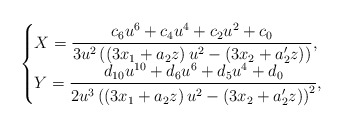
\begin{align*} \begin{cases} X= \dfrac{c_6 u^6 + c_4u^4+c_2u^2+c_0}{3u^2\left( \left(3x_1+a_2z\right) u^2 -\left(3x_2+a'_2z\right) \right)}, \\ Y= \dfrac{d_{10}u^{10}+d_6u^6+d_5u^4+d_0}{2u^3\left(\left(3x_1+a_2z\right) u^2 -\left(3x_2+a'_2z\right) \right)^2}, \end{cases}\end{align*}